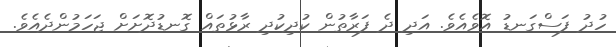
ހުދު ފަސްގަނޑު އޮވެއެވެ. އަދި ދެ ފަރާތުން ކުދިކުދި ރާޅުތައް ގޮނޑުދޮށަށް ޖަހަމުންދެއެވެ.